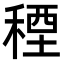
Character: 𮃓